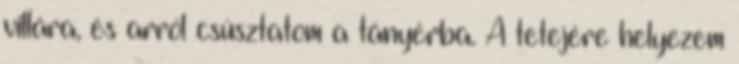
villára, és arról csúsztatom a tányérba. A tetejére helyezem